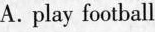
A.play football